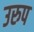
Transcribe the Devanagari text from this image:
उरुप